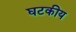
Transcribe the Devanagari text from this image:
घटकीय